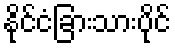
နိုင်ငံခြားသားပိုင်